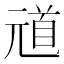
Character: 𫤞